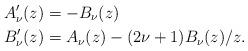
LaTeX: \begin{align*}A'_\nu(z)&=-B_\nu(z) \\ B'_\nu(z)&=A_\nu(z)-(2\nu+1)B_\nu(z)/z.\end{align*}